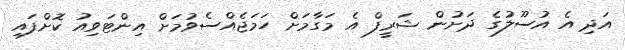
އަދި އެ އުސޫލުގެ ދަށުން ޝަރީފް އެ މަގާމަށް ހަމަޖެއްސެވުމަށް އިންޓަވިއު ކޮށްފައި